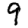
Digit: 9